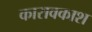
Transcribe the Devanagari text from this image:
कारावकाश